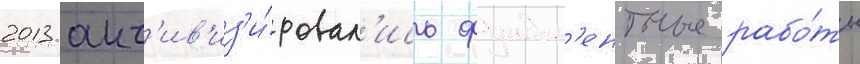
2013 акт'ив'из'и́ровал'ись фундам'ентные рабо́ты